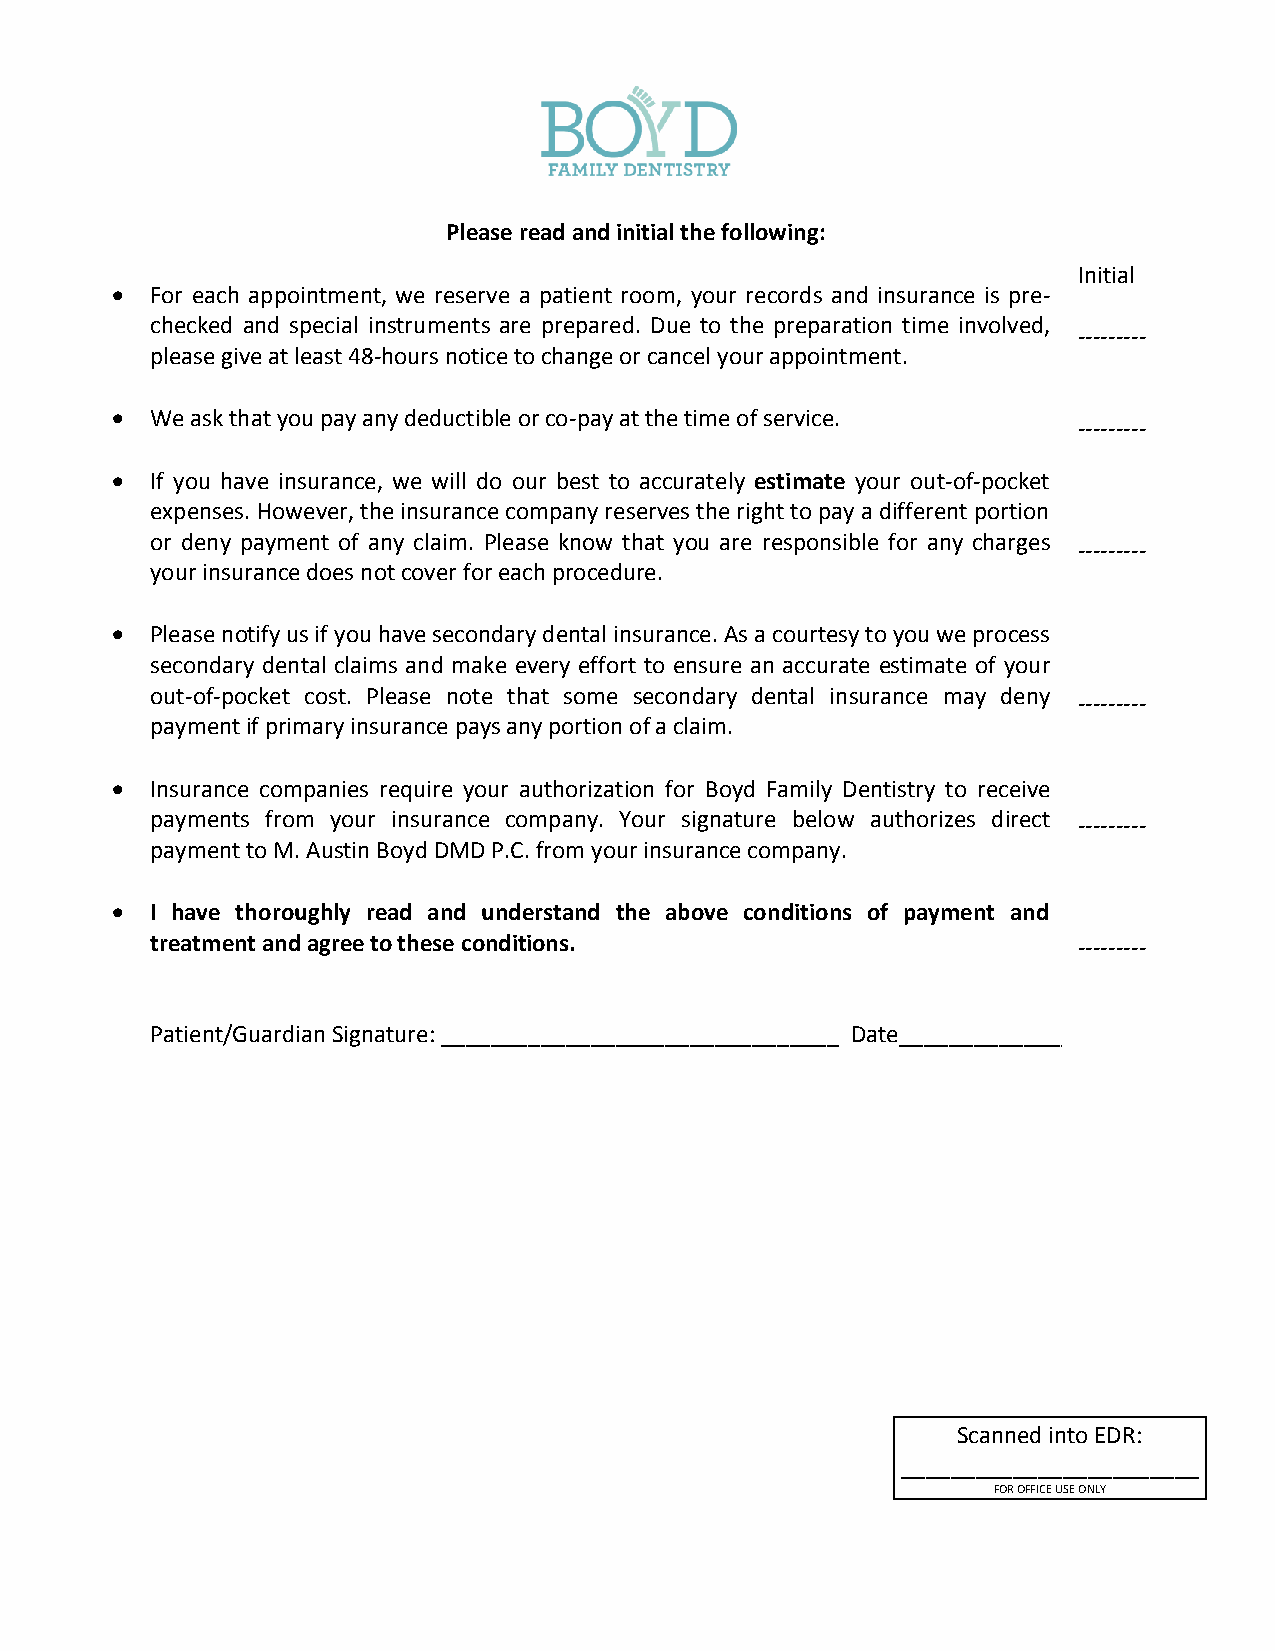
Please read and initial the following:
 Initial
   For each appointment, we reserve a patient room, your records and insurance is pre-
 checked and special instruments are prepared. Due to the preparation time involved,
 ---------
 please give at least 48-hours notice to change or cancel your appointment.
   We ask that you pay any deductible or co-pay at the time of service.
 ---------
   If you have insurance, we will do our best to accurately estimate your out-of-pocket
 expenses. However, the insurance company reserves the right to pay a different portion
 or deny payment of any claim. Please know that you are responsible for any charges
 ---------
 your insurance does not cover for each procedure.
   Please notify us if you have secondary dental insurance. As a courtesy to you we process
 secondary dental claims and make every effort to ensure an accurate estimate of your
 out-of-pocket cost. Please note that some secondary dental insurance may deny
 ---------
 payment if primary insurance pays any portion of a claim.
   Insurance companies require your authorization for Boyd Family Dentistry to receive
 payments from your insurance company. Your signature below authorizes direct ---------
 payment to M. Austin Boyd DMD P.C. from your insurance company.
   I have thoroughly read and understand the above conditions of payment and
 treatment and agree to these conditions.                     ---------
 Patient/Guardian Signature: ________________________________ Date_______________
 Scanned into EDR:
 ________________________
 FOR OFFICE USE ONLY